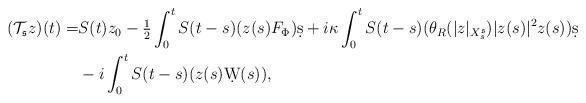
LaTeX: \begin{align*} (\mathcal{T}_{\mathfrak{s}}z)(t)=&S(t)z_0-\tfrac{1}{2}\int_0^t S(t-s)(z(s)F_\Phi )\d s +i \kappa \int_0^t S(t-s)(\theta_R(|z|_{X^{\mathfrak{s}}_s})|z(s)|^2z(s))\d s\\ &-i\int_0^t S(t-s)(z(s)\d W(s)),\end{align*}